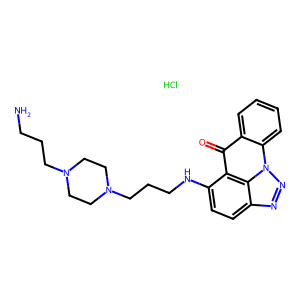
SMILES: Cl.NCCCN1CCN(CCCNc2ccc3nnn4c5ccccc5c(=O)c2c34)CC1
Inhibits HIV replication: No